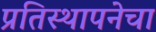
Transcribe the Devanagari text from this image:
प्रतिस्थापनेचा